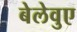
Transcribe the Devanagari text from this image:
बेलेवुए